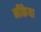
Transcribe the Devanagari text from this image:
नीकैया